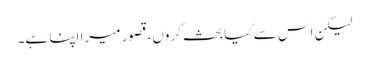
لیکن اس سے کیا بحث کروں، قصور میرا اپنا ہے۔